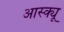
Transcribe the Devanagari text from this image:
आस्क्यू